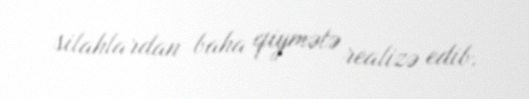
silahlardan baha qiymətə realizə edib.